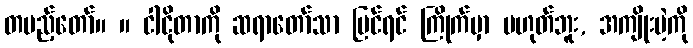
တပည့်တော်။ ။ ငါငိုတာကို ဆရာတော်သာ မြင်ရင် ကြိုက်မှာ မဟုတ်ဘူး, အကျိုးမဲ့ကို